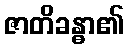
ဇာတိခန္ဓာ၏